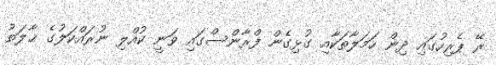
ރޭ ޕެރިހުގައި ދިން ހަމަލާތަކާއި ގުޅިގެން ފްރާންސްގައި ވަނީ ކުއްލި ނުރައްކަލުގެ ޙާލަތު